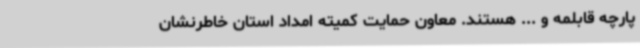
پارچه قابلمه و ... هستند. معاون حمایت کمیته امداد استان خاطرنشان‌